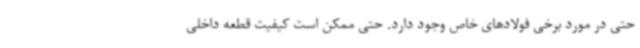
حتی در مورد برخی فولادهای خاص وجود دارد. حتی ممکن است کیفیت قطعه داخلی